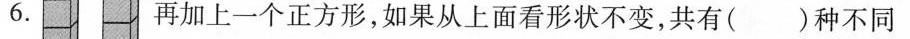
6.再加上一个正方形，如果从上面看形状不变，共有()种不同